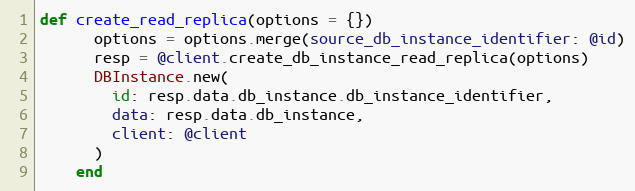
Language: Ruby
def create_read_replica(options = {})
      options = options.merge(source_db_instance_identifier: @id)
      resp = @client.create_db_instance_read_replica(options)
      DBInstance.new(
        id: resp.data.db_instance.db_instance_identifier,
        data: resp.data.db_instance,
        client: @client
      )
    end